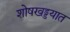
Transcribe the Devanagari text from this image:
शोषखड्डयात